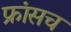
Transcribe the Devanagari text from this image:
फ्रांसच